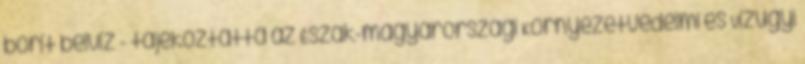
borít belvíz - tájékoztatta az Észak-magyarországi Környezetvédelmi és Vízügyi